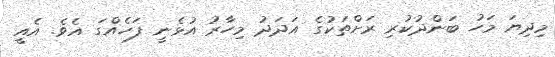
މިދިޔަ މަހު ބަންދުކުރި ރަށްތަކުގެ އަދަދު މިހާރު އުޅެނީ ފަހެއްގަ އެވެ. އެއީ